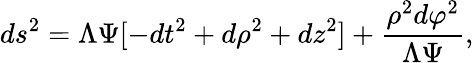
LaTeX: ds^{2}=\Lambda\Psi[-dt^{2}+d\rho^{2}+dz^{2}]+\frac{\rho^{2}d\varphi^{2}}{\Lambda\Psi},